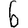
Digit: 6